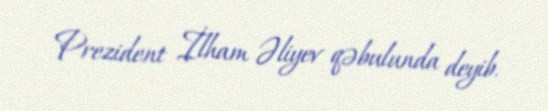
Prezident İlham Əliyev qəbulunda deyib.